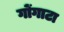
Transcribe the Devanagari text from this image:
गोंगाटा